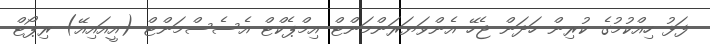
ފަޅު ހިއްކުމުގެ ކުރިން ހަދަން ޖެހޭ އެންވަޔަރަންމަންޓް އިމްޕެކްޓް އެސެސްމަންޓް (އީއައިއޭ) ރިޕޯޓް